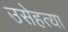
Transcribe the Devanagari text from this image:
उसेहत्या